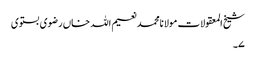
شیخ المعقولات مولانامحمدنعیم اللہ خاں رضوی بستوی
۷۔